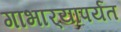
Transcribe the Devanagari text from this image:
गाभार्‍यापर्यंत